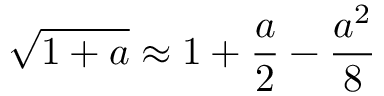
\sqrt { 1 + a } \approx 1 + \frac { a } { 2 } - \frac { a ^ { 2 } } { 8 }